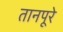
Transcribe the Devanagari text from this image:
तानपूरे